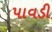
પાવડી